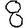
Digit: 8